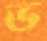
ভ